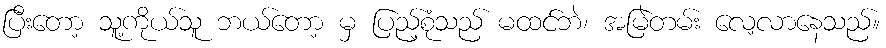
ပြီးတော့ သူ့ကိုယ်သူ ဘယ်တော့ မှ ပြည့်စုံသည် မထင်ဘဲ၊ အမြဲတမ်း လေ့လာနေသည်။